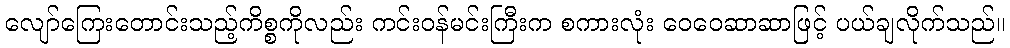
လျော်ကြေးတောင်းသည့်ကိစ္စကိုလည်း ကင်းဝန်မင်းကြီးက စကားလုံး ဝေဝေဆာဆာဖြင့် ပယ်ချလိုက်သည်။